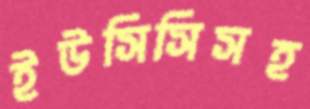
ইউসিসিসহ